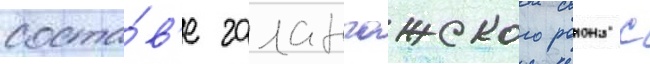
соста́в'е галанчожского раиона с